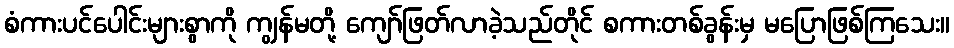
စံကားပင်ပေါင်းများစွာကို ကျွန်မတို့ ကျော်ဖြတ်လာခဲ့သည်တိုင် စကားတစ်ခွန်းမှ မပြောဖြစ်ကြသေး။